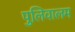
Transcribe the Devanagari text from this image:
पुलिवालम